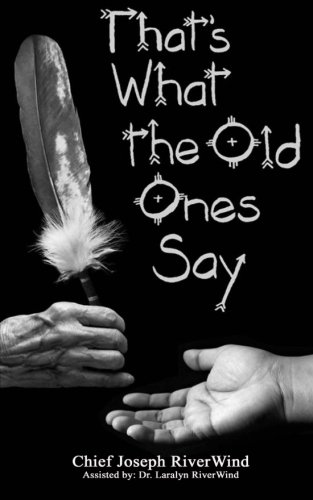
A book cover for Thats What the Old Ones Say: Pre-Colonial Revelations of God to Native America; Chief Joseph RiverWind; Politics & Social Sciences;